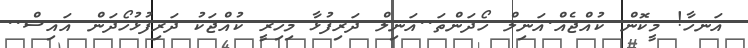
އަނހާ! މީކޮން ކުއްޖެއް.އަނިލް ހޯދަންތަ..އަނިލް ދަރިފުޅާ މިހިރީ ކުއްޖަކު ދަރިފުޅުހޯދަން އައިސް..